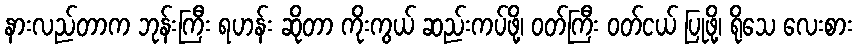
နားလည်တာက ဘုန်းကြီး ရဟန်း ဆိုတာ ကိုးကွယ် ဆည်းကပ်ဖို့၊ ဝတ်ကြီး ဝတ်ငယ် ပြုဖို့၊ ရိုသေ လေးစား